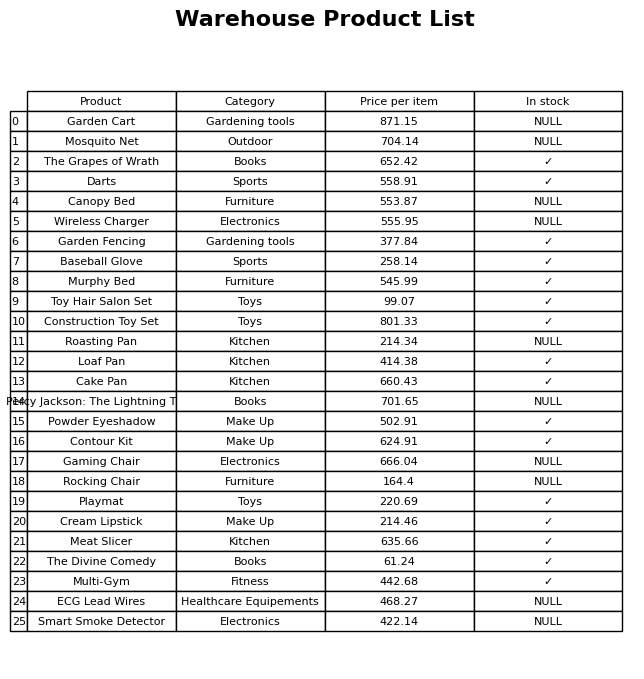
question: What is the price of the Cream Lipstick?
answer: The price of Cream Lipstick is 214.46.